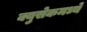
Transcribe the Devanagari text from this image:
क्युसेकमध्ये